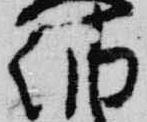
納